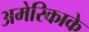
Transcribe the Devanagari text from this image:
अमेरिकाके